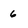
Character: 6